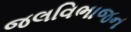
જલવિભાજન